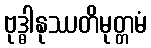
ဗုဒ္ဓါနုဿတိမုတ္တမံ